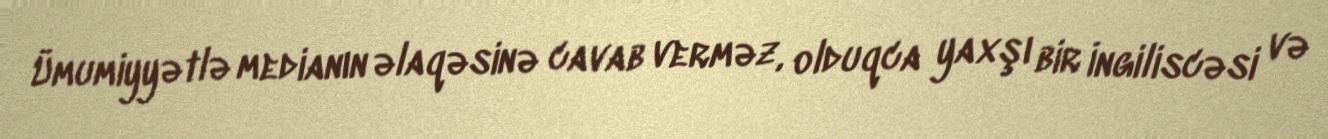
Ümumiyyətlə medianın əlaqəsinə cavab verməz, olduqca yaxşı bir İngiliscəsi və